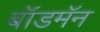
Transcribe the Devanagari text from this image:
बॉडमॅन